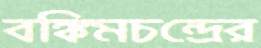
বঙ্কিমচন্দ্রের